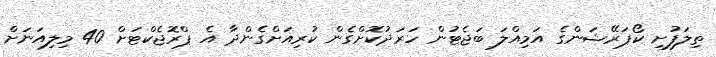
ތިލަފުށި ކޯޕަރޭޝަންގެ އަމިއްލަ ބަޖެޓުން ހަރަދުކޮށްގެން ކުރިއަށްގެންދާ އެ ޕްރޮޖެކްޓަށް 40 މިލިއަނަށް